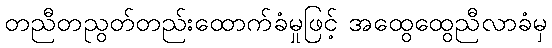
တညီတညွတ်တည်းထောက်ခံမှုဖြင့် အထွေထွေညီလာခံမှ